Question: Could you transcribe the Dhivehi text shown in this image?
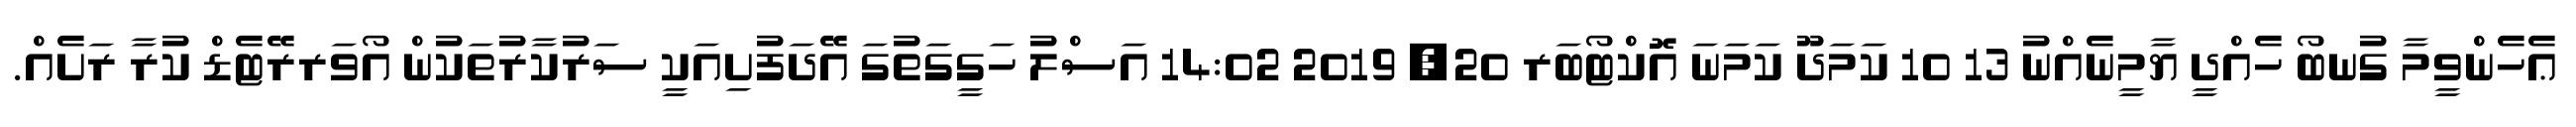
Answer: ޢެހެންވީމާ ގުނބޯ ހެއްދީ ޔާމީނެއްނު 13 10 ކަމަދޫ ކަމަނަ އޮކްޓޯބަރ 20, 2019 14:02 އަސްލު ހަގީގަތުގަ އޭދަފުށިއަކީ ސަރުކާރުތަކުން އޯވަރރޭޓެޑް ކުރާ ރަށެއް.